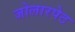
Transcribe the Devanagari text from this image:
जोलारपेट